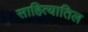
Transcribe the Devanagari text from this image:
साहित्यातिल